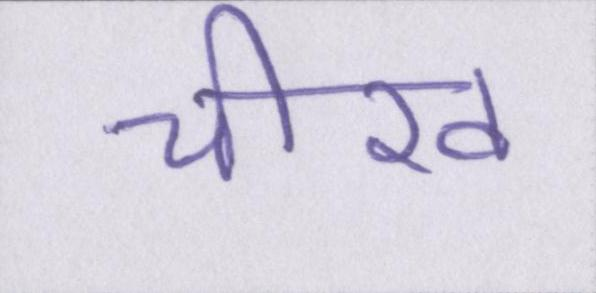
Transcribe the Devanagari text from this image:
चीख